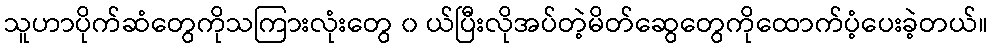
သူဟာပိုက်ဆံတွေကိုသကြားလုံးတွေ ၀ ယ်ပြီးလိုအပ်တဲ့မိတ်ဆွေတွေကိုထောက်ပံ့ပေးခဲ့တယ်။